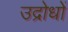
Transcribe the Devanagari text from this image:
उद्रोधों